Annual report on the working of the mental hospitals in the Madras Presidency - 1912-1932
Year: 1912
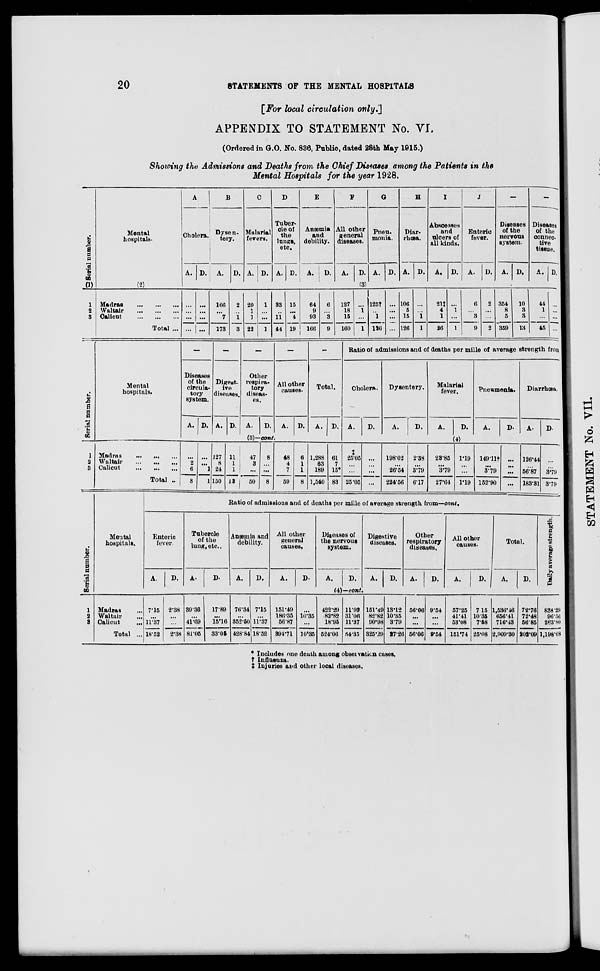
20
STATEMENTS OF THE MENTAL HOSPITALS
[For local circulation only.]
APPENDIX TO STATEMENT No. VI.
(Ordered in G.O. No. 836, Public, dated 28th May 1915.)
Showing the Admissions and Deaths from the Chief Diseases among the Patients in the
Mental Hospitals for the year 1928.
Serial number.
(1)
1
2
3
Mental
hospitals.
(2)
Madras... ... ...
Waltair...
...
...
Calicut... ... ...
Total ...
A
Cholera.
A. D.
B
Dysen-
tery.
A.
D.
C
Malarial
fevers.
A. D.
D
Tuber-
cle of
the
lungs,
etc.
A. D.
E
Anæmia
and
debility.
A. D.
F
All other
general
diseases.
A. D.
G
Pneu-
monia.
A. D.
H
Diar¬
rhœa.
A. D.
I
Abscesses
and
ulcers of
all kinds.
A. D.
J
Enteric
fever.
A. D.
—
Diseases
of the
nervous
system.
A. D.
—
Diseases
of the
connec¬
tive
tissue.
A. D
(3)
...
...
...
...
...
...
...
...
166
...
7
173
2
...
1
3
20
1
1
22
1
...
...
1
33
...
11
44
15
...
4
19
64
9
93
166
6
...
3
9
127
18
15
160
...
1
...
1
125†
...
1
126
...
...
...
...
106
5
15
126
...
...
1
1
21‡
4
1
26
...
1
...
1
6
...
3
9
2
...
...
2
354
8
5
359
10
3
3
13
44
1
...
45
...
...
...
...
Serial number.
1
2
3
Mental
hospitals.
Madras... ... ...
waltair
...
...
...
Calicut ... ... ...
Total ...
—
Diseases
of the
circula-
tory
system.
A. D.
—
Digest-
ive
diseases.
A. D.
—
Other
respira-
tory
diseas-
es.
A.
D.
—
All other
causes.
A. D.
—
Total.
A. D.
(3)—cont.
...
2
6
8
...
...
1
1
127
8
24
150
11
1
1
13
47
3
...
50
8
...
...
8
48
4
7
59
6
1
1
8
1,288
63
189
1,540
61
7
15*
83
Ratio of admissions and of deaths per mille of average strength from
Cholera.
A.
D.
Dysentery.
A.
D.
Malarial
fever.
A.
D.
Pneumonia.
A.
D.
Diarrhœa.
A.
D.
(4)
‡
25.05
...
...
25.05
...
...
...
...
198.02
...
26.54
224.56
2.38
...
3.79
6.17
23.85
...
3.79
27.64
1.19
...
...
1.19
149.11†
...
3.79
152.90
...
...
...
...
126.44
...
56.87
183.31
...
3.79
3.79
Ser i al number.
1
2
3
Mental
hospitals.
Madras ...
Waltair ...
Calicut
...
Total ...
Ratio of admissions and of deaths per mille of average strength from—cont.
Enteric
fever.
A.
D.
Tubercle
of the
lung, etc..
A.
D.
Anæmia and
debility.
A.
D.
All other
general
causes.
A.
D.
Diseases of
the nervous
system.
A.
D.
Digestive
diseases.
A.
D.
Other
respiratory
diseases.
A.
D.
All other
causes.
A.
D.
Total.
A.
D.
(4)—cont.
7.15
...
11.37
18.52
2.38
...
...
2.38
39.36
...
41.69
81.05
17.89
...
15.16
33.05
76.34
...
352.50
428.84
7.15
...
11.37
18.52
151.49
186.35
56.87
394.71
...
10.35
...
10.35
422.29
82.82
18.95
524.06
11.92
31.06
11.37
54.35
151.49
82.82
90.98
325.29
13.12
10.35
3.79
27.26
56.06
...
...
56.06
9.54
...
...
9.54
57.25
41.41
53.08
151.74
7.15
10.35
7.58
25.08
1,536.46
656.41
716.43
2,909.30
72.76
72.48
56.85
202.09
Daily average strength.
838.29
96.56
263.80
1,198.68
* Includes one death among observation cases.
† Influenza.
† Injuries and other local diseases.